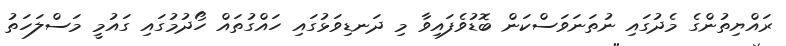
ރައްޔިތުންގެ މެދުގައި ނުތަނަވަސްކަން ބޮޑުވެފައިވާ މި ދަނޑިވަޅުގައި ހައްގުތައް ހޯދުމުގައި ގައުމީ މަސްލަހަތު